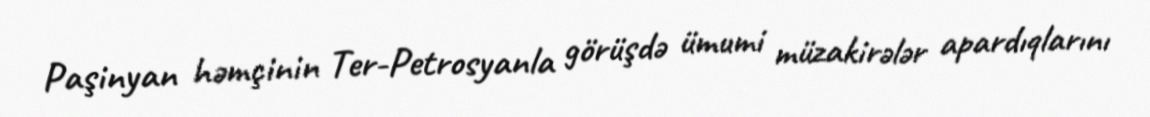
Paşinyan həmçinin Ter-Petrosyanla görüşdə ümumi müzakirələr apardıqlarını